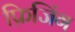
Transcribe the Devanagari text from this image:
फ्रिजिंग